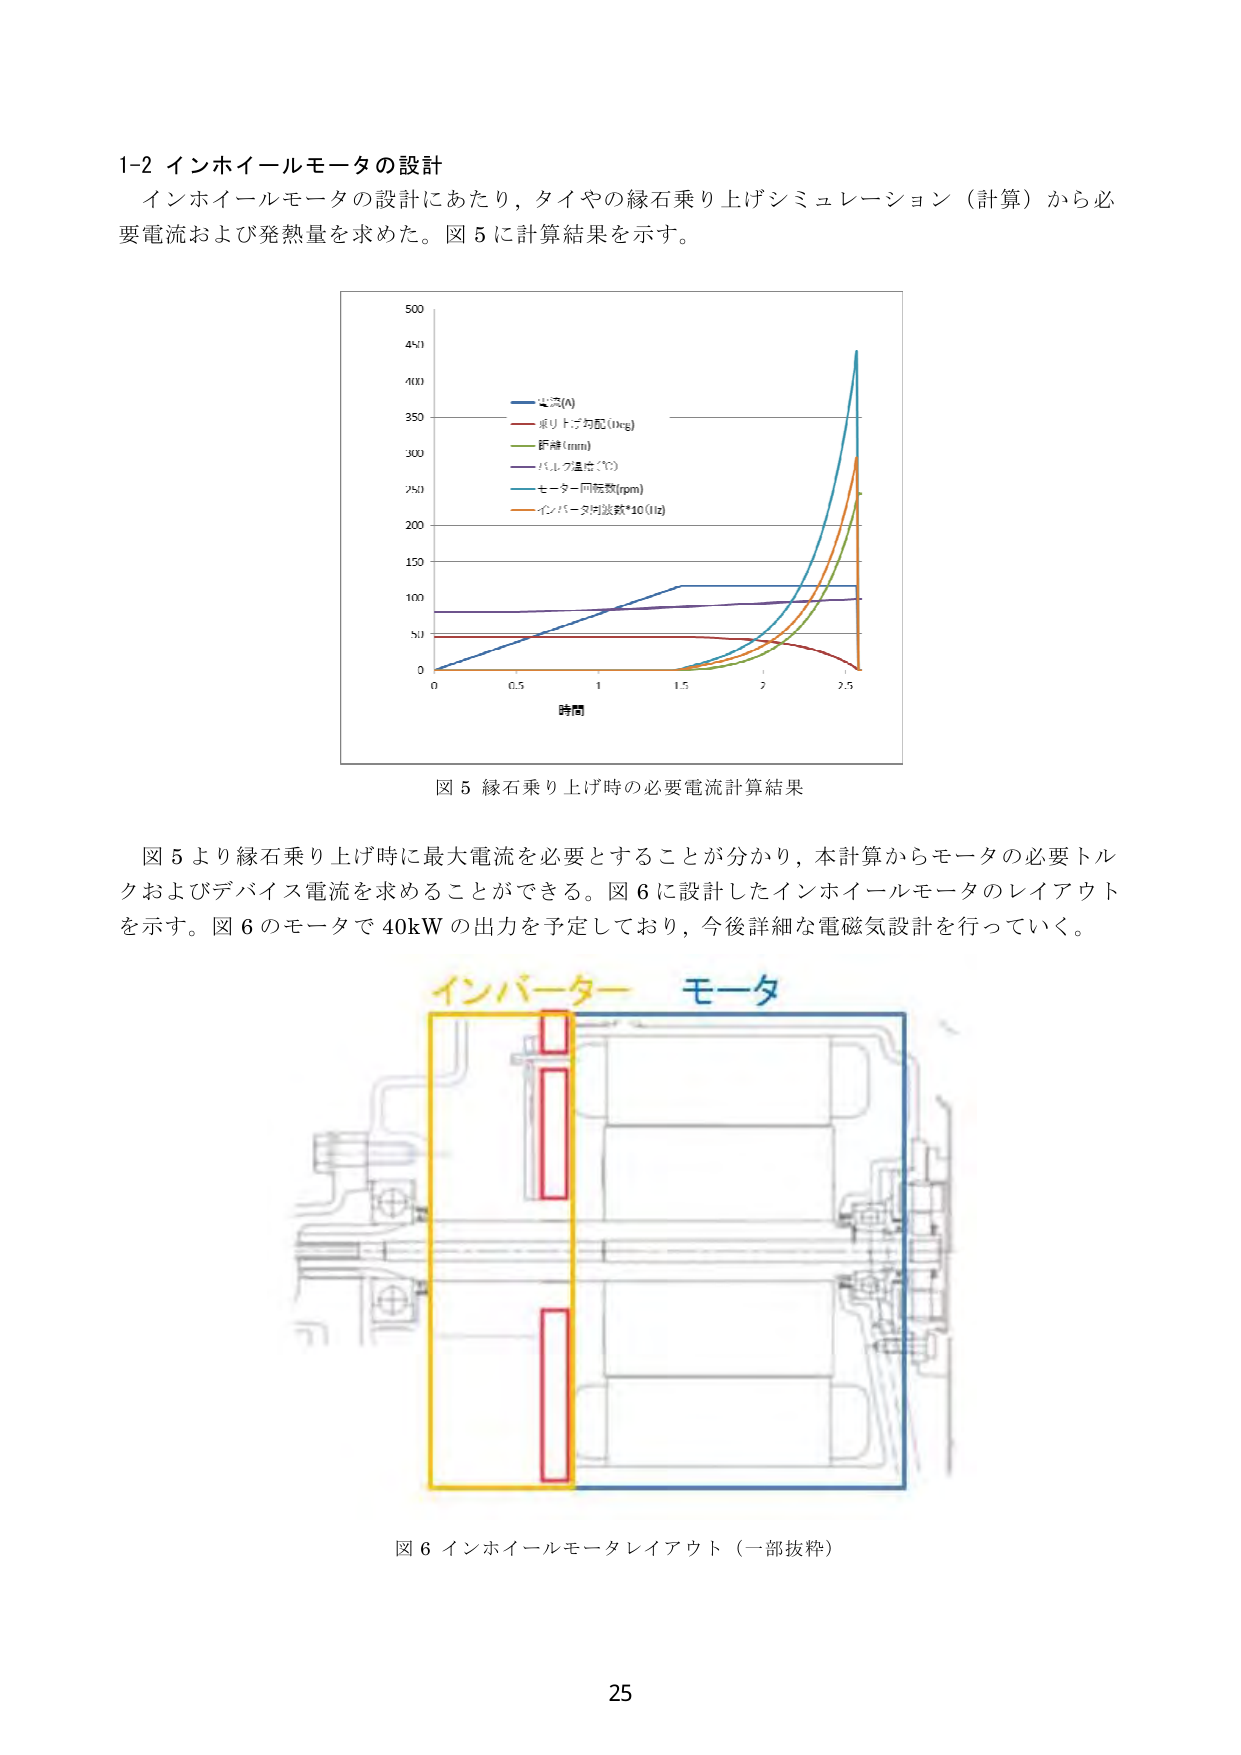
1-2 インホイールモータの設計
インホイールモータの設計にあたり，タイヤの縁石乗り上げシミュレーション（計算）から必要電流および発熱量を求めた。図5に計算結果を示す。

図5 縁石乗り上げ時の必要電流計算結果

図5より縁石乗り上げ時に最大電流を必要とすることが分かり，本計算からモータの必要トルクおよびデバイス電流を求めることができる。図6に設計したインホイールモータのレイアウトを示す。図6のモータで40kWの出力を予定しており，今後詳細な電磁気設計を行っていく。

インバーター モータ

図6 インホイールモータレイアウト（一部抜粋）

25